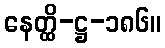
နေတ္ထိ-ဋ္ဌ-၁၈၆။